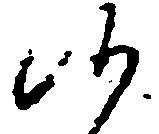
候